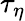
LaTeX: \tau_{\eta}